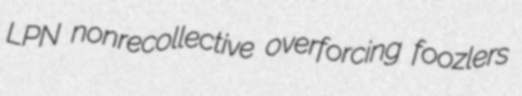
LPN nonrecollective overforcing foozlers